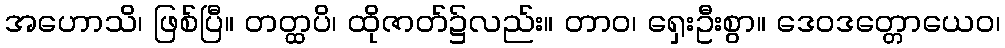
အဟောသိ၊ ဖြစ်ပြီ။ တတ္ထပိ၊ ထိုဇာတ်၌လည်း။ တာဝ၊ ရှေးဦးစွာ။ ဒေဝဒတ္တောယေဝ၊